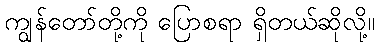
ကျွန်တော်တို့ကို ပြောစရာ ရှိတယ်ဆိုလို့။